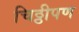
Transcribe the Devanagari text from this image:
चिठ्ठीपण